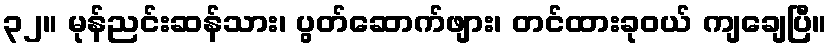
၃၂။ မုန်ညင်းဆန်သား၊ ပွတ်ဆောက်ဖျား၊ တင်ထားခုဝယ် ကျချေပြီ။